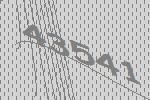
43541